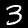
Label: 3